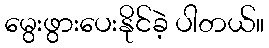
မွေးဖွားပေးနိုင်ခဲ့ ပါတယ်။